Report of the Indian Hemp Drugs Commission, 1894-1895 - Volume VII
Year: 1894
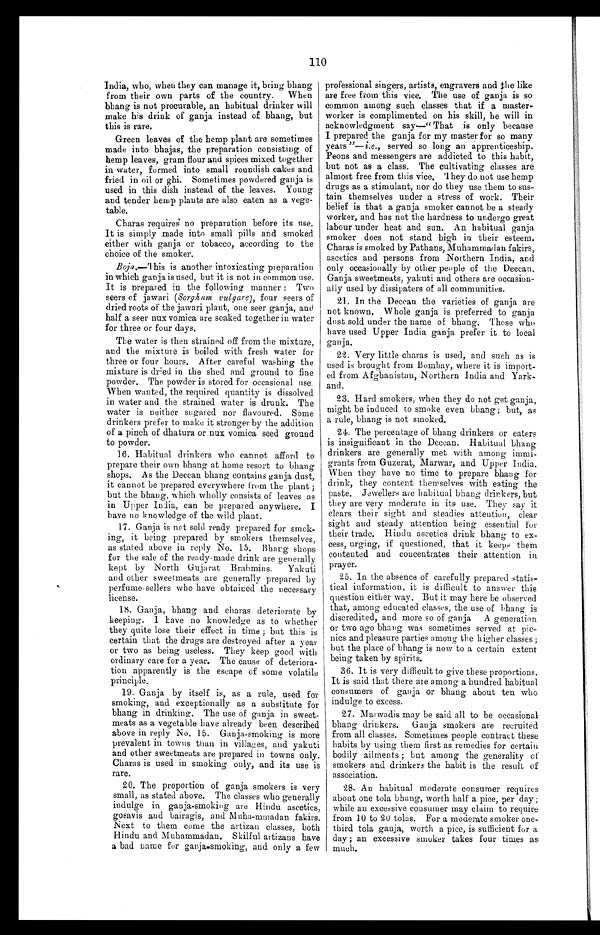
110
India, who, when they can manage it, bring bhang
from their own parts of the country. When
bhang is not procurable, an habitual drinker will
make his drink of ganja instead of bhang, but
this is rare.
Green leaves of the hemp plant are sometimes
made into bhajas, the preparation consisting of
hemp leaves, gram flour and spices mixed together
in water, formed into small roundish cakes and
fried in oil or ghi. Sometimes powdered ganja is
used in this dish instead of the leaves. Young
and tender hemp plants are also eaten as a vege
-
table.
Charas requires no preparation before its use.
It is simply made into small pills and smoked
either with ganja or tobacco, according to the
choice of the smoker.
Boja.—This is another intoxicating preparation
in which ganja is used, but it is not in common use.
It is prepared in the following manner : Two
seers of jawari (Sorghum vulgare), four seers of
dried roots of the jawari plant, one seer ganja, and
half a seer nux vomica are soaked together in water
for three or four days.
The water is then strained off from the mixture,
and the mixture is boiled with fresh water for
three or four hours. After careful washing the
mixture is dred in the shed and ground to fine
powder. The powder is stored for occasional use.
When wanted, the required quantity is dissolved
in water and the strained water is drunk. The
water is neither sugared nor flavoured. Some
drinkers prefer to make it stronger by the addition
of a pinch of dhatura or nux vomica seed ground
to powder.
16. Habitual drinkers who cannot afford to
prepare their own bhang at home resort to bhang
shops. As the Deccan bhang contains ganja dust,
it cannot be prepared everywhere from the plant ;
but the bhang, which wholly consists of leaves as
in Upper India, can be prepared anywhere. I
have no knowledge of the wild plant.
17. Ganja is not sold ready prepared for smok
-
ing, it being prepared by smokers themselves,
as stated above in reply No. 15. Bharg shops
for the sale of the ready-made drink are generally
kept by North Gujarat Brahmins. Yakuti
and other sweetmeats are generally prepared by
perfume-sellers who have obtained the necessary
license.
18. Ganja, bhang and charas deteriorate by
keeping. I have no knowledge as to whether
they quite lose their effect in time ; but this is
certain that the drugs are destroyed after a year
or two as being useless. They keep good with
ordinary care for a year. The cause of deteriora
-
tion apparently is the escape of some volatile
principle.
19. Ganja by itself is, as a rule, used for
smoking, and exceptionally as a substitute for
bhang in drinking. The use of ganja in sweet
-
meats as a vegetable have already been described
above in reply No. 15. Ganja-smoking is more
prevalent in towns than in villages, and yakuti
and other sweetmeats are prepared in towns only.
Charas is used in smoking only, and its use is
rare.
20. The proportion of ganja smokers is very
small, as stated above. The classes who generally
indulge in ganja-smoking are Hindu ascetics,
gosavis and bairagis, and Muha-mmadan fakirs.
Next to them come the artizan classes, both
Hindu and Muhammadan. Skilful artizans have
a bad name for ganja.smoking, and only a few
professional singers, artists, engravers and the like
are free from this vice. The use of ganja is so
common among such classes that if a master
-
worker is complimented on his skill, he will in
acknowledgment say—"That is only because
I prepared the ganja for my master for so many
years"— i.e., served so long an apprenticeship.
Peons and messengers are addicted to this habit,
but not as a class. The cultivating classes are
almost free from this vice. They do not use hemp
drugs as a stimulant, nor do they use them to sus
-
tain themselves under a stress of work. Their
belief is that a ganja smoker cannot be a steady
worker, and has not the hardness to undergo great
labour under heat and sun. An habitual ganja
smoker does not stand high in their esteem.
Charas is smoked by Pathans, Muhammadan fakirs,
ascetics and persons from Northern India, and
only occasionally by other people of the Deccan.
Ganja sweetmeats, yakuti and others are occasion
-
ally used by dissipaters of all communities.
21. In the Deccan the varieties of ganja are
not known. Whole ganja is preferred to ganja
dust sold under the name of bhang. Those who
have used Upper India ganja prefer it to local
ganja.
22. Very little charas is used, and such as is
used is brought from Bombay, where it is import
-
ed from Afghanistan, Northern India and Yark
-and.
23. Hard smokers, when they do not get ganja,
might be induced to smoke even bhang; but, as
a rule, bhang is not smoked.
24. The percentage of bhang drinkers or eaters
is insignificant in the Deccan. Habitual bhang
drinkers are generally met with among immi
-
grants from Guzerat, Marwar, and Upper India.
When they have no time to prepare bhang for
drink, they content themselves with eating the
paste. Jewellers are habitual bhang drinkers, but
they are very moderate in its use. They say it
clears their sight and steadies attention, clear
sight and steady attention being essential for
their trade. Hindu ascetics drink bhang to ex
-
cess, urging, if questioned, that it keeps them
contented and concentrates their attention in
prayer.
25. In the absence of carefully prepared statis
-
tical information, it is difficult to answer this
question either way. But it may here be observed
that, among educated classes, the use of bhang is
discredited, and more so of ganja A generation
or two ago bhang was sometimes served at pi
c -
nics and pleasure parties among the higher classes ;
but the place of bhang is now to a certain extent
being taken by spirits.
36. It is very difficult to give these proportions
It is said that there are among a hundred habitual
consumers of ganja or bhang about ten who
indulge to excess.
27. Marwadis may be said all to be occasional
bhang drinkers. Ganja smokers are recruited
from all classes. Sometimes people contract these
habits by using them first as remedies for certain
bodily ailments ; but among the generality of
smokers and drinkers the habit is the result of
association.
28. An habitual moderate consumer requires
about one tola bhang, worth half a pice, per day ;
while an excessive consumer may claim to require
from 10 to 20 tolas. For a moderate smoker one
-
t h i r d t o l a g a n j a , w o r t h a p i c e , i s s u f f i c i e n t f o r a
day ; an excessive smoker takes four times as
much.